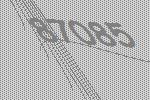
87085